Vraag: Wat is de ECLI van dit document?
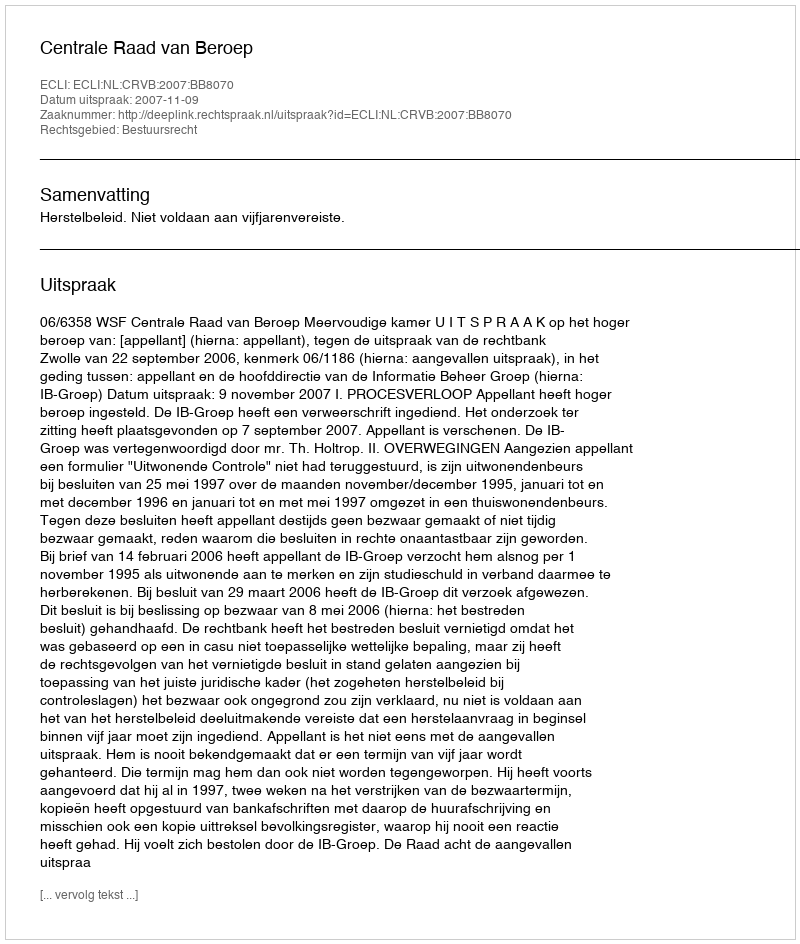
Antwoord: ECLI:NL:CRVB:2007:BB8070